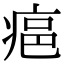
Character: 𤶛